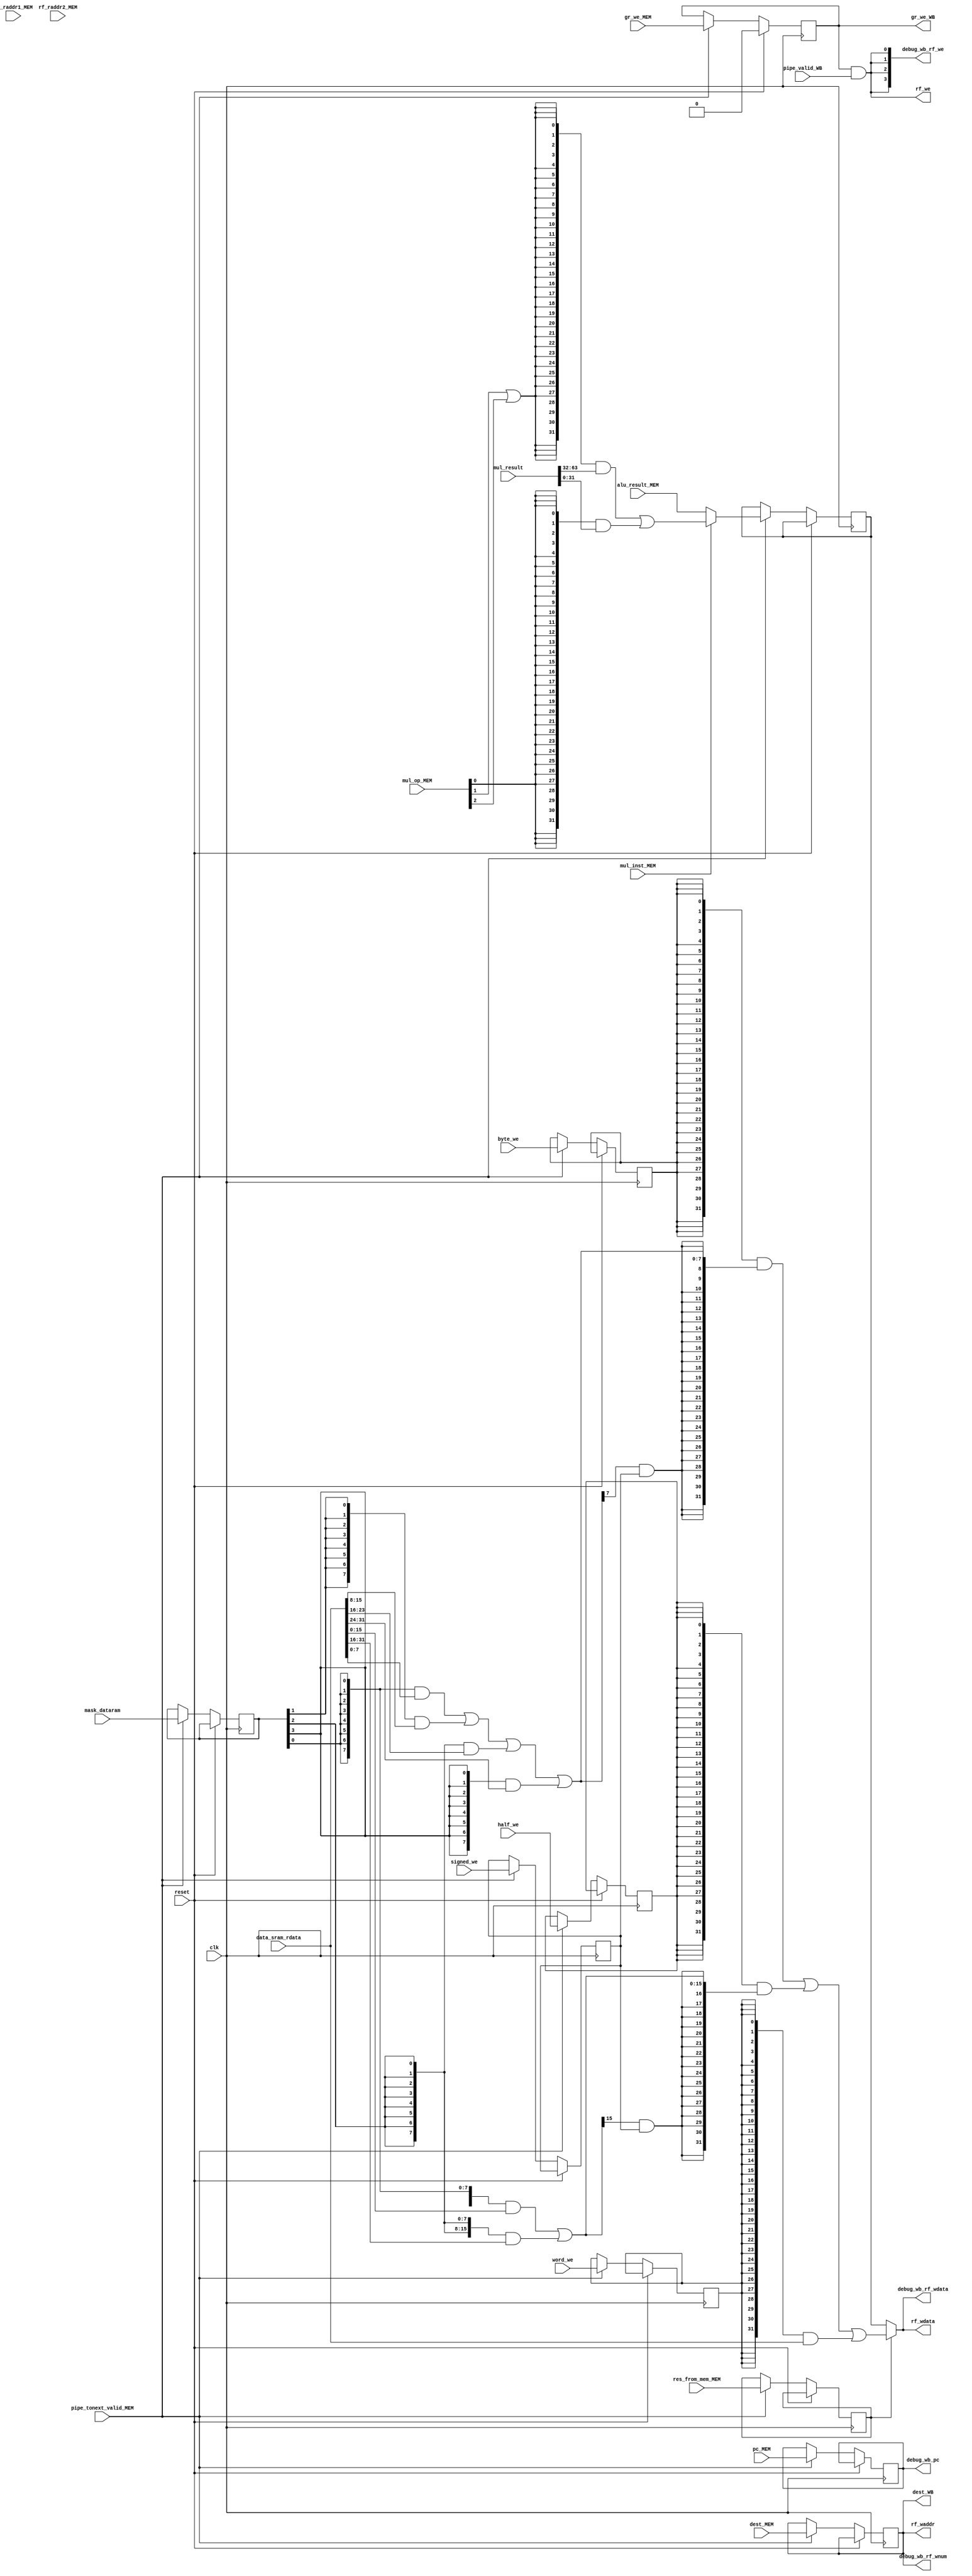
`define RADDR	5
`define BYTE	8
`define HALF	16
`define WORD	32
`define WIDTH	32
`define DWIDTH	64
`define R0		5'b00000

module stage_WB (
	input  wire                  clk,
	input  wire                  reset, // localized reset signal

	// input from stage controller
	input  wire                  pipe_tonext_valid_MEM, // allow WB stage to accept new instruction
	input  wire                  pipe_valid_WB, // WB stage is valid
	input  wire [`WIDTH - 1 : 0] data_sram_rdata,

	// input from MEM
	input  wire [`WIDTH - 1 : 0] pc_MEM, alu_result_MEM, 
	input  wire [`DWIDTH - 1: 0] mul_result,   // mul
	input  wire [`RADDR - 1 : 0] rf_raddr1_MEM, rf_raddr2_MEM, dest_MEM,
	input  wire [         3 : 0] mask_dataram,
	input  wire                  byte_we, half_we, word_we, signed_we,
	input  wire					 mul_inst_MEM, // mul
	input  wire  [		  2 : 0] mul_op_MEM, // mul
	input  wire                  res_from_mem_MEM, gr_we_MEM,

	// output
	output reg                   gr_we_WB,

	output wire                  rf_we,			// register file write enable
	output wire [`RADDR - 1 : 0] rf_waddr,		// register file write address
	output reg  [`RADDR - 1 : 0] dest_WB,			// destination register number
	output wire [`WIDTH - 1 : 0] rf_wdata,		// register file write data

	output wire [`WIDTH - 1 : 0] debug_wb_pc,			// debug info
	output wire [         3 : 0] debug_wb_rf_we,		// debug info
	output wire [`RADDR - 1 : 0] debug_wb_rf_wnum,	// debug info
	output wire [`WIDTH - 1 : 0] debug_wb_rf_wdata	// debug info
);

	/* --------------------------------------
		MEM -> WB
	-------------------------------------- */

	reg [`WIDTH - 1 : 0] pc_WB;
	// reg [4:0] dest_WB;

	reg [3:0] mask_dataram_WB;
	reg byte_we_WB;
	reg half_we_WB;
	reg word_we_WB;
	reg signed_we_WB;
	reg  [`WIDTH - 1 : 0] calc_result_WB;	// ALU result(including mul and div)
	// reg ld_inst_WB;	// load
	reg res_from_mem_WB;
	// reg gr_we_WB;

	always @(posedge clk) begin
		if (reset) begin
			// pc_WB         <= `WIDTH'h0;

			// res_from_mem_WB <= 1'b0;
			gr_we_WB        <= 1'b0;
			// dest_WB         <= `RADDR'h0;
		end
		else if (pipe_tonext_valid_MEM) begin
			pc_WB         <= pc_MEM;
			calc_result_WB <= mul_inst_MEM ? 
							( {`WIDTH{mul_op_MEM[1] | mul_op_MEM[2]}} & mul_result[`DWIDTH - 1 : `WIDTH]
							| {`WIDTH{mul_op_MEM[0]                }} & mul_result[`WIDTH  - 1 : 0     ] )
							: alu_result_MEM;
			dest_WB         <= dest_MEM;

			mask_dataram_WB <= mask_dataram;
			byte_we_WB      <= byte_we;
			half_we_WB      <= half_we;
			word_we_WB      <= word_we;
			signed_we_WB    <= signed_we;

			res_from_mem_WB <= res_from_mem_MEM;
			gr_we_WB        <= gr_we_MEM;
		end
	end

	/* --------------------------------------
		WB stage
	-------------------------------------- */

	// register file write enable
	wire [`BYTE - 1 : 0] byte_rd_rs;
	wire [`HALF - 1 : 0] half_rd_rs;

	// data read from MEM section
	wire [`WIDTH - 1 : 0] data_r_dataram;
	wire [`WIDTH - 1 : 0] final_result;

	// the result read from memory (data SRAM)
	assign byte_rd_rs = {`BYTE{mask_dataram_WB[0]}} & data_sram_rdata[`BYTE * 0 +: `BYTE]
					  | {`BYTE{mask_dataram_WB[1]}} & data_sram_rdata[`BYTE * 1 +: `BYTE]
					  | {`BYTE{mask_dataram_WB[2]}} & data_sram_rdata[`BYTE * 2 +: `BYTE]
					  | {`BYTE{mask_dataram_WB[3]}} & data_sram_rdata[`BYTE * 3 +: `BYTE]
	;
	// assign byte_rd_rs = {`BYTE{mask_dataram_WB[0]}} & data_sram_rdata[ 7: 0]
	// 				  | {`BYTE{mask_dataram_WB[1]}} & data_sram_rdata[15: 8]
	// 				  | {`BYTE{mask_dataram_WB[2]}} & data_sram_rdata[23:16]
	// 				  | {`BYTE{mask_dataram_WB[3]}} & data_sram_rdata[`WIDTH - 1 : 24]
	// ;
	assign half_rd_rs = {`HALF{mask_dataram_WB[0]}} & data_sram_rdata[`HALF * 0 +: `HALF]
					  | {`HALF{mask_dataram_WB[2]}} & data_sram_rdata[`HALF * 1 +: `HALF]
	;

	assign data_r_dataram = {`WIDTH{byte_we_WB}} & {{`WORD - `BYTE{byte_rd_rs[`BYTE - 1] & signed_we_WB}}, byte_rd_rs}
						  | {`WIDTH{half_we_WB}} & {{`WORD - `HALF{half_rd_rs[`HALF - 1] & signed_we_WB}}, half_rd_rs}
						  | {`WIDTH{word_we_WB}} &                                                    data_sram_rdata
	;

	// the final result that will be written to register file
	assign final_result = res_from_mem_WB ? data_r_dataram : calc_result_WB;

	// register file write control
	assign rf_we    = gr_we_WB && pipe_valid_WB;
	assign rf_waddr = dest_WB;
	assign rf_wdata = final_result;

	// debug info generate
	assign debug_wb_pc       = pc_WB;
	assign debug_wb_rf_we    = {4{rf_we}};
	assign debug_wb_rf_wnum  = dest_WB;
	assign debug_wb_rf_wdata = final_result;

endmodule